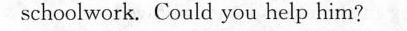
schoolwork. Could you help him?